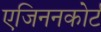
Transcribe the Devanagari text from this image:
एजिननकोर्ट